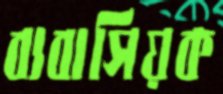
ব্যবাসিয়ক